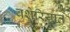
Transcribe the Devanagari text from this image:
बशेरियात